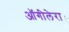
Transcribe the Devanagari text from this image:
ऑगीलेरा